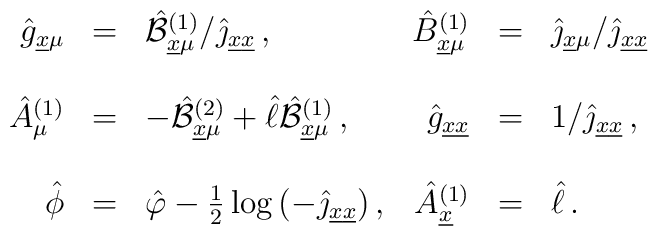
\begin{array}{rclrcl}\hat{g}_{\underline{x}\mu}&=&\hat{\cal B}_{\underline{x}\mu}^{(1)}/\hat{\jmath}_{\underline{x}\underline{x}}\, ,&\hat{B}_{\underline{x}\mu}^{(1)}&=&\hat{\jmath}_{\underline{x}\mu}/\hat{\jmath}_{\underline{x}\underline{x}}\\& & & & & \\\hat{A}^{(1)}_{\mu}&=&-\hat{\cal B}_{\underline{x}\mu}^{(2)} +\hat{\ell}\hat{\cal B}_{\underline{x}\mu}^{(1)}\, ,&\hat{g}_{\underline{x}\underline{x}}&=&1/\hat{\jmath}_{\underline{x}\underline{x}}\, ,\\& & & & & \\\hat{\phi}&=&\hat{\varphi} -\frac{1}{2}\log{(-\hat{\jmath}_{\underline{x}\underline{x}})}\, ,&\hat{A}_{\underline{x}}^{(1)}&=&\hat{\ell}\, .\\\end{array}